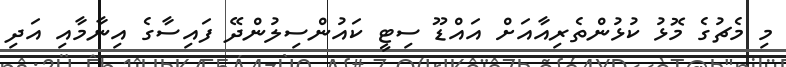
މި މެޗުގެ މޮޅު ކުޅުންތެރިއާއަށް އައްޑޫ ސިޓީ ކައުންސިލުންދޭ ފައިސާގެ އިނާމާއި އަދި